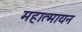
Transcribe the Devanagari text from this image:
महात्मायन